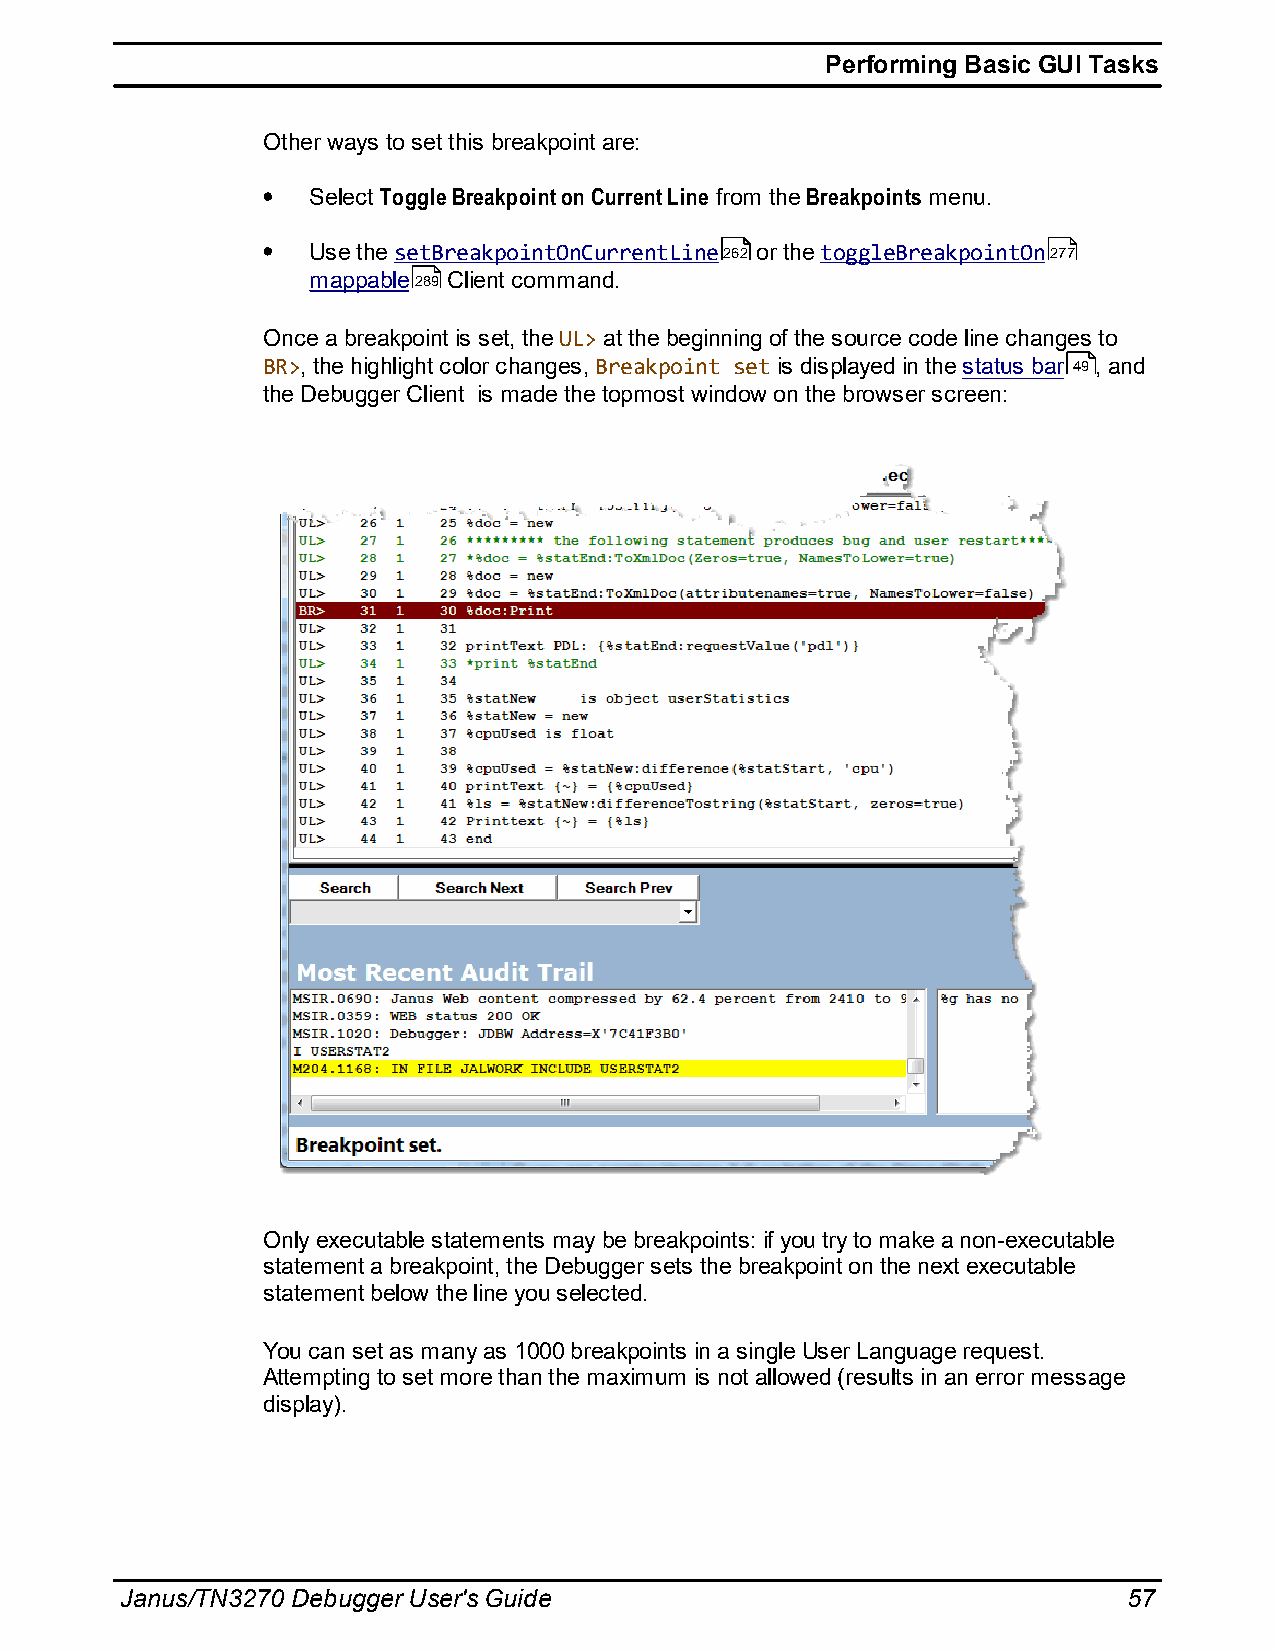
Performing Basic GUI Tasks
 Other ways to set this breakpoint are:
 Select Toggle Breakpoint on Current Line from the Breakpoints menu.
 Use the setBreakpointOnCurrentLine262 or the toggleBreakpointOn277
 mappable289 Client command.
 Once a breakpoint is set, the UL> at the beginning of the source code line changes to
 BR>, the highlight color changes, Breakpoint set is displayed in the status bar 49, and
 the Debugger Client is made the topmost window on the browser screen:
 Only executable statements may be breakpoints: if you try to make a non-executable
 statement a breakpoint, the Debugger sets the breakpoint on the next executable
 statement below the line you selected.
 You can set as many as 1000 breakpoints in a single User Language request.
 Attempting to set more than the maximum is not allowed (results in an error message
 display).
 Janus/TN3270 Debugger User's Guide                                 57